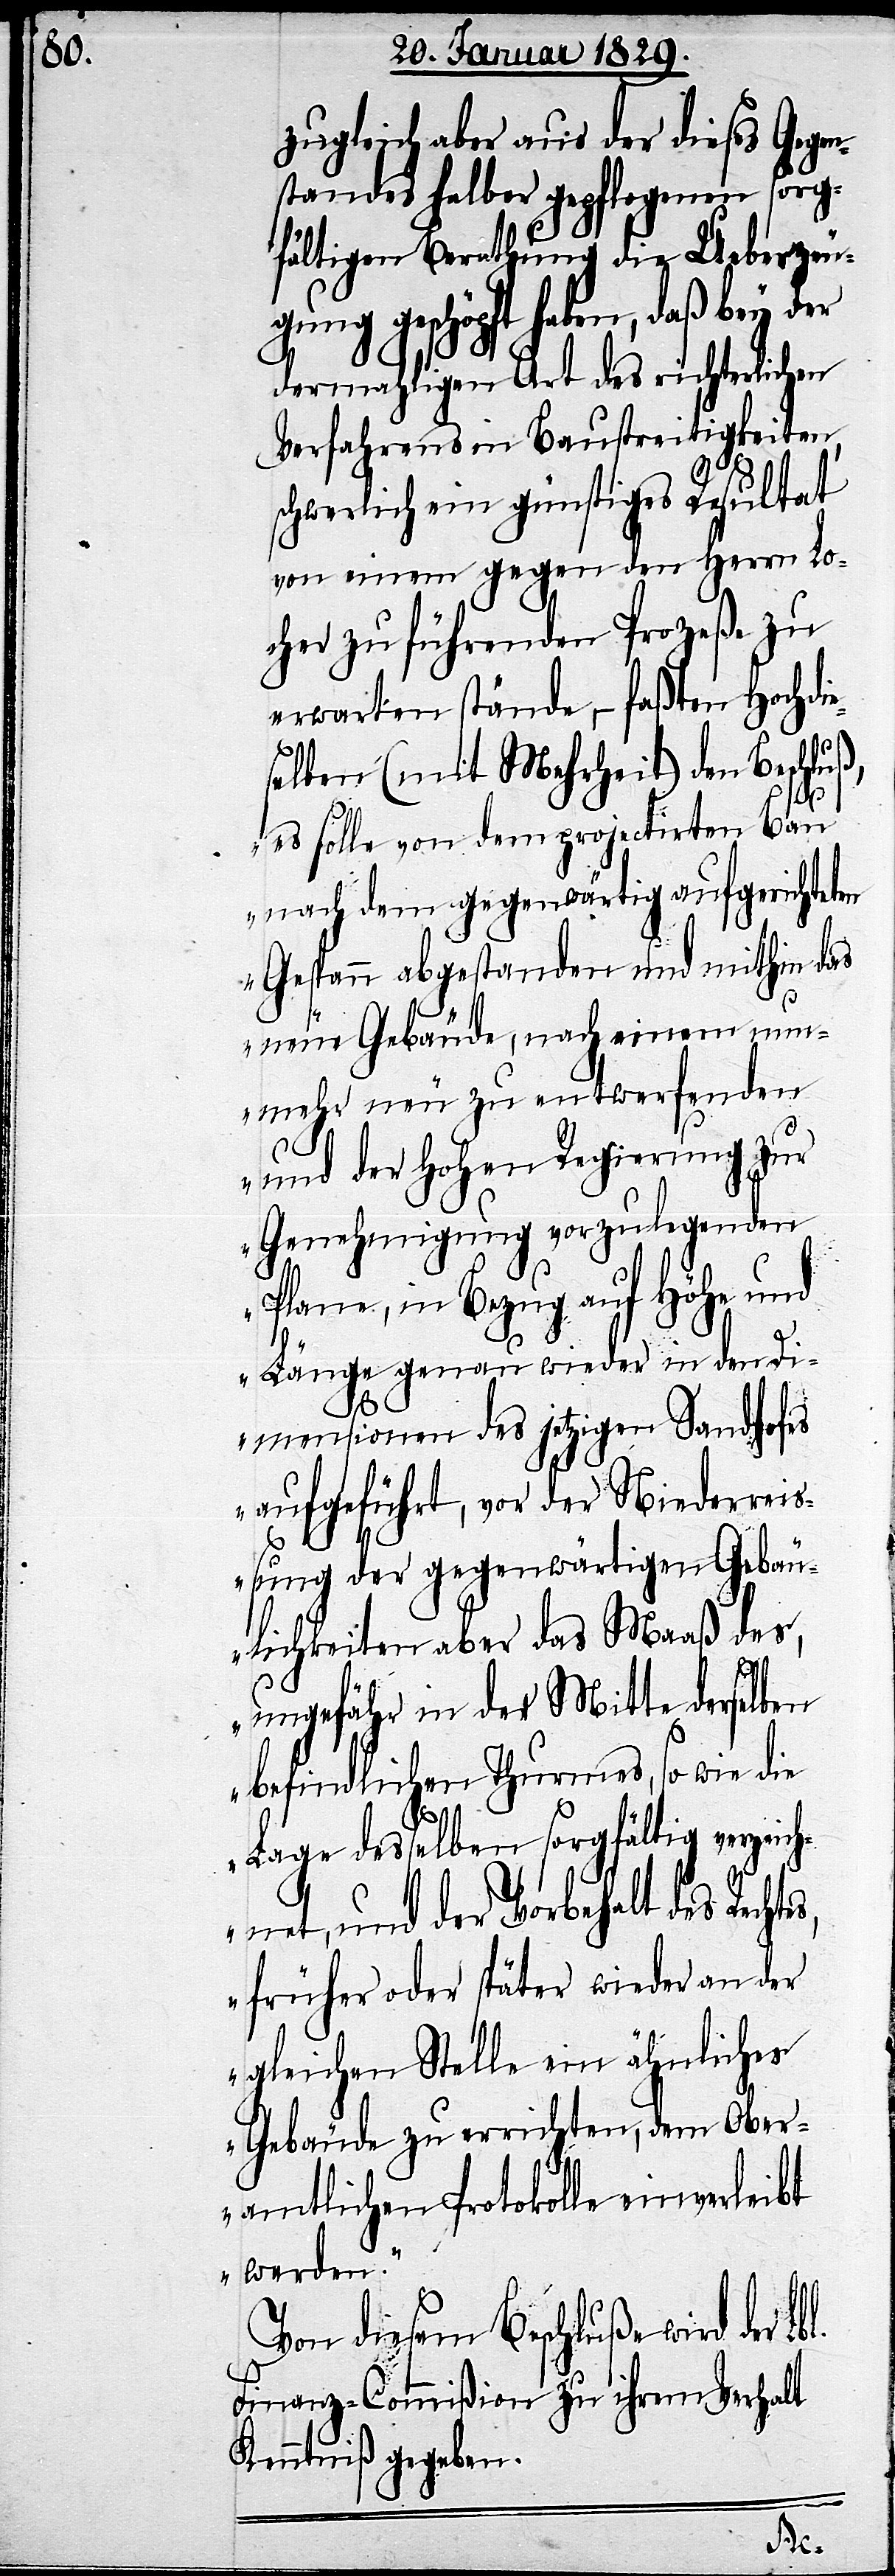
zugleich aber aus der dieses Gegen¬
standes halber gepflogenen sorg¬
fältigen Berathung die Ueberzeu¬
gung geschöpft haben, daß bey der
dermahligen Art des richterlichen
Verfahrens in Baustreitigkeiten,
schwerlich ein günstiges Resultat
von einem gegen den Herrn Lo¬
cher zu führenden Prozeße zu
erwarten stände,– faßten Hochdie¬
selben (mit Mehrheit) den Beschluß,
es solle von dem projectirten Bau
nach dem gegenwärtig aufgerichteten
Gespann abgestanden und mithin das
neue Gebäude, nach einem nun¬
mehr neu zu entwerfenden
und der Hohen Regierung zur
Genehmigung vorzulegenden
Plane, in Bezug auf Höhe und
Länge genau wieder in den Di¬
mensionen des jetzigen Sandhofes
aufgeführt, vor der Niederr¬
eißung der gegenwärtigen Gebäu¬
lichkeiten aber das Maaß des,
ungefähr in der Mitte derselben
befindlichen Thurmes, so wie die
Lage desselben sorgfältig verzeich¬
net, und der Vorbehalt des Recht¬
früher oder später wieder an der
gleichen Stelle ein ähnliches
Gebäude zu errichten, dem Ober¬
amtlichen Protokolle einverleibt
werden.“
Von diesem Beschluße wird der
Finanz-Commißion zu ihrem Verhalt
Kenntniß gegeben.
es,